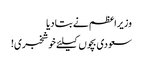
وزیراعظم نے بتا دیا
سعودی بچوں کیلئے خوشخبری!